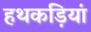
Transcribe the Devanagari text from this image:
हथकड़ियां